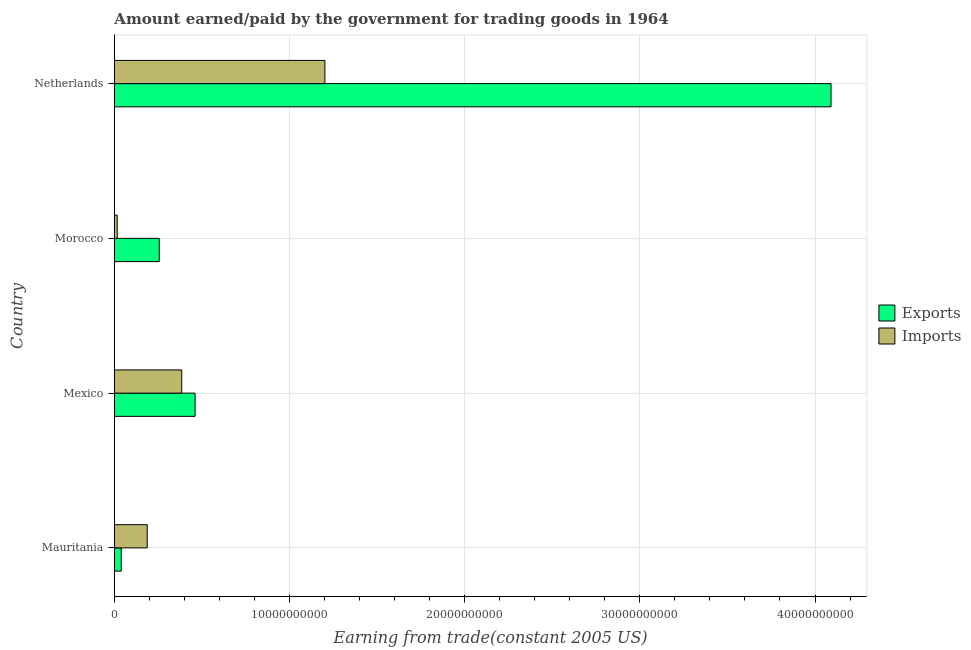
| Country | Exports | Imports |
 | --- | --- | --- |
 | Mauritania | 3.89e+08 | 1.87e+09 |
 | Mexico | 4.61e+09 | 3.84e+09 |
 | Morocco | 2.56e+09 | 1.6e+08 |
 | Netherlands | 4.09e+10 | 1.2e+10 |